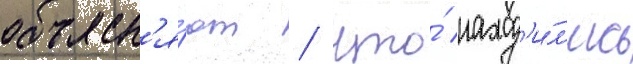
объясн'я́ют / что́ наход'и́л'ись